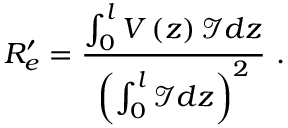
R _ { e } ^ { \prime } = \frac { \int _ { 0 } ^ { l } V \left( z \right) \mathcal { I } d z } { \left( \int _ { 0 } ^ { l } \mathcal { I } d z \right) ^ { 2 } } \mathrm { ~ . ~ }